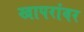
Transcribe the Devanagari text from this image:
खापरांवर